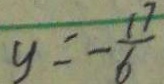
y = - \frac { 1 7 } { 6 }